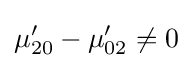
\mu '_{20}-\mu '_{02}\neq 0